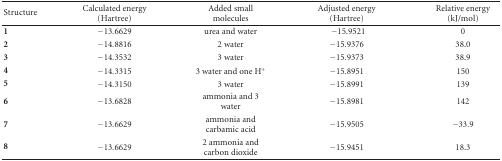
| Structure | Calculated energy (Hartree) | Added small molecules | Adjusted energy (Hartree) | Relative energy (kJ/mol) |
 | --- | --- | --- | --- | --- |
 | 1 | −13.6629 | urea and water | − 15.9521 | 0 |
 | 2 | −14.8816 | 2 water | −15.9376 | 38.0 |
 | 3 | −14.3532 | 3 water | −15.9373 | 38.9 |
 | 4 | −14.3315 | 3 water and one H+ | −15.8951 | 150 |
 | 5 | −14.3150 | 3 water | −15.8991 | 139 |
 | 6 | −13.6828 | ammonia and 3 water | −15.8981 | 142 |
 | 7 | −13.6629 | ammonia and carbamic acid | −15.9505 | −33.9 |
 | 8 | −13.6629 | 2 ammonia and carbon dioxide | −15.9451 | 18.3 |